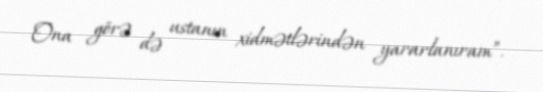
Ona görə də ustanın xidmətlərindən yararlanıram”.